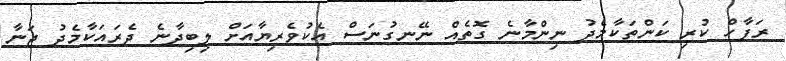
ރަފާހް ކުރި ކަންތަކާމެދު ނިންމާނެ ގޮތެއް ނޭނގުނަސް އެކުވެރިޔާއަށް ލިބިދާނެ ދެރައަކާމެދު ޖަނާ